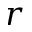
r